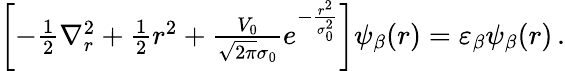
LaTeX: \begin{array}{r}{\left[-\frac{1}{2}\nabla_{r}^{2}+\frac{1}{2}r^{2}+\frac{V_{0}}{\sqrt{2\pi}\sigma_{0}}e^{-\frac{r^{2}}{\sigma_{0}^{2}}}\right]\psi_{\beta}(r)=\varepsilon_{\beta}\psi_{\beta}(r)\, .}\end{array}